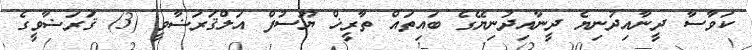
ކަވާސާ ދީނާއިދުނިޔެ ދީނާއިދުނިޔޭގެ ބައިތައް ތާރީޚް ޔޫސުފް އަލްޤަރަޟާވީ (3) ޤަރަޟާވީގެ